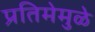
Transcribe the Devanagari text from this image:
प्रतिमेमुळे